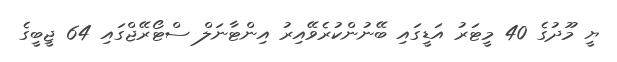
ޔީ މޫދުގެ 40 މީޓަރު އަޑީގައި ބޭނުންކުރެވޭއިރު އިންޓާނަލް ސްޓޯރޭޖްގައި 64 ޖީބީގެ